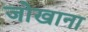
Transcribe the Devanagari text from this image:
जोखाना